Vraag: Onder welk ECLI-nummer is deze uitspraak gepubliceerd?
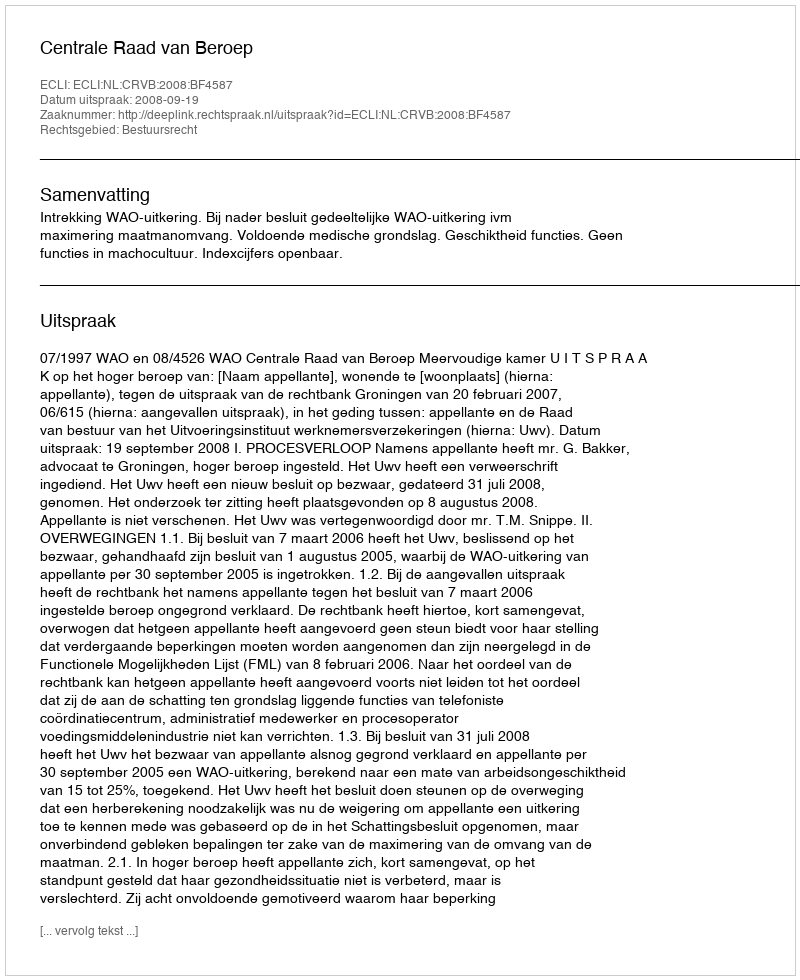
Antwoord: ECLI:NL:CRVB:2008:BF4587